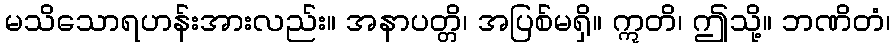
မသိသောရဟန်းအားလည်း။ အနာပတ္တိ၊ အပြစ်မရှိ။ ဣတိ၊ ဤသို့။ ဘဏိတံ၊